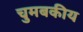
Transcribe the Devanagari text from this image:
चुमबकीय